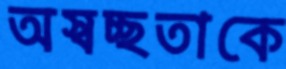
অস্বচ্ছতাকে